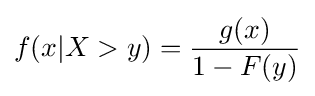
f(x|X>y)={\frac {g(x)}{1-F(y)}}